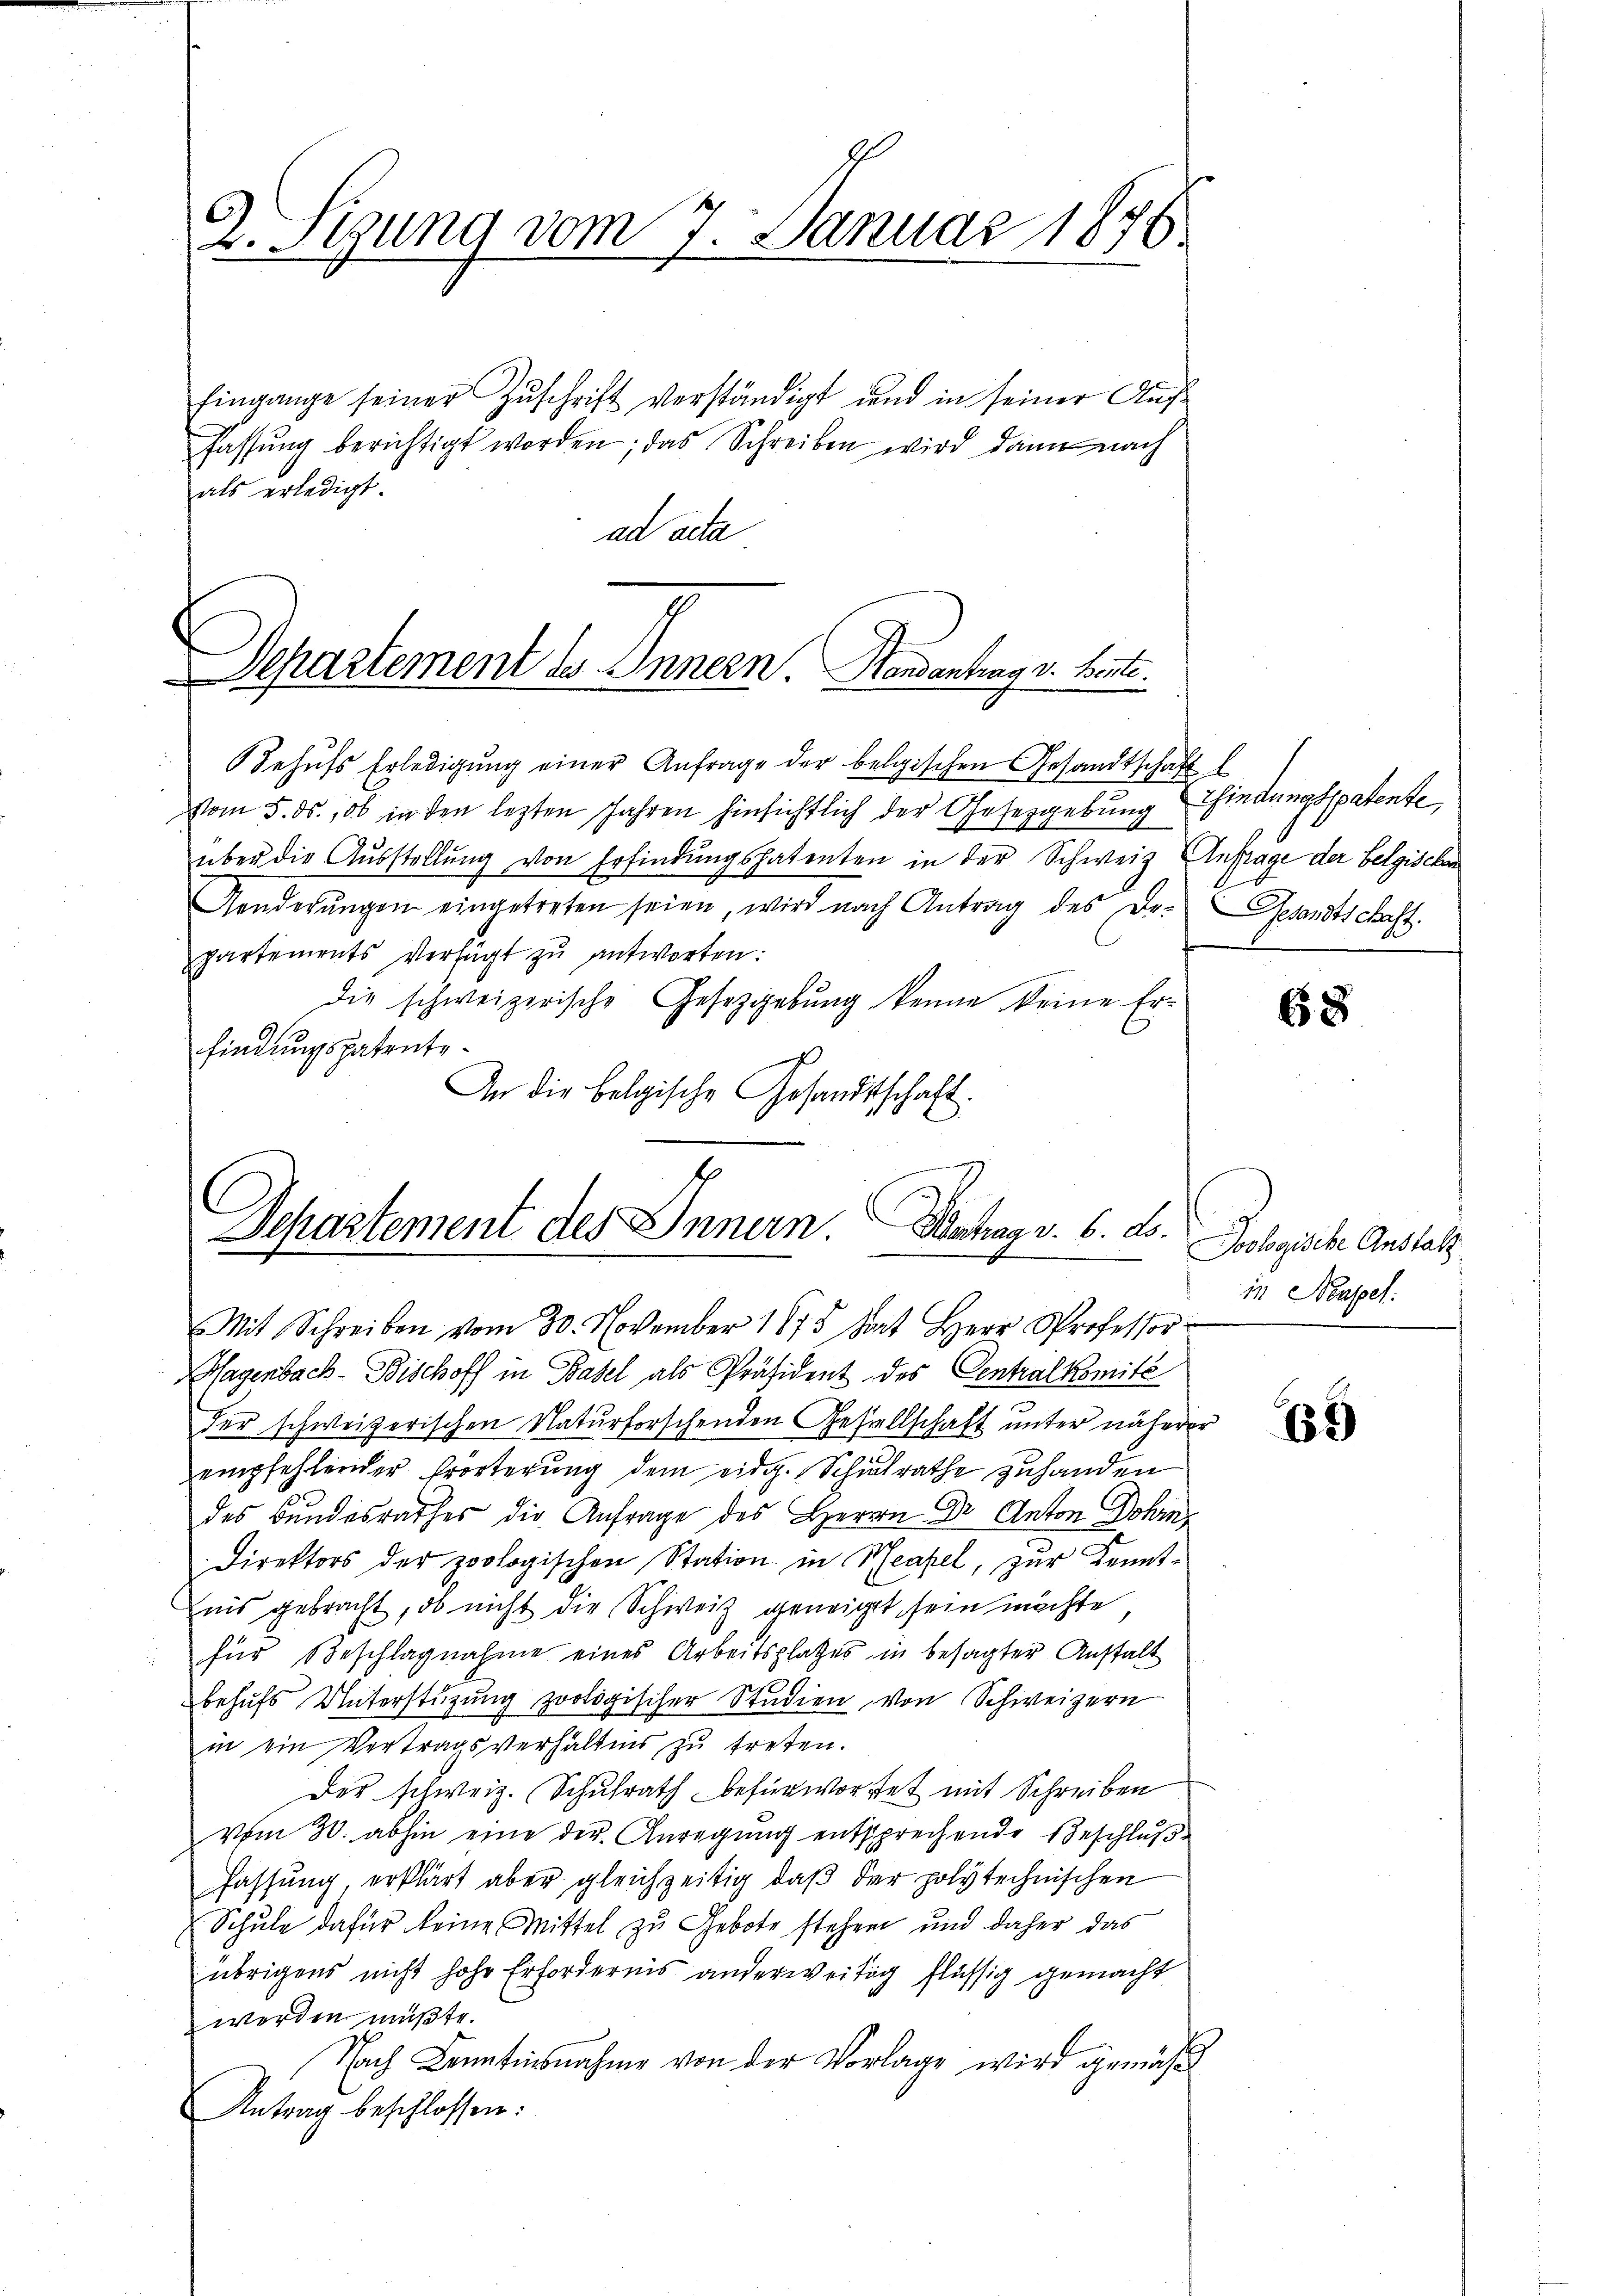
2. Sitzung vom 7. Januar 1876.

Eingange seiner Zuschrift verständigt und in seiner Auffassŭng berichtigt worden; das Schreiben wird dann nach
als erledigt.
ad acta
Departement des Innern Namentrag u. Bit

Behŭfs Erledigŭng einer Anfrage der belgischen Gesandtschaft l
vom 5. ds., ob in den lezten Jahren hinsichtlich der Gesetzgebung findungspatente,
über die Aŭsstellŭng von Erfindungspatenten in der Schweiz Anfrage der belgischen
Ganderŭngen eingetreten seien, wird nach Antrag des De-
partements Verfügt zŭ antworten:
die schweizerische Gesetzgebung kenne keine Erfindungspatente
p
An die belgische Gesandtschaft.
Magenbach- Bischoff in Basel als Präsident des Centralkomité
der schweizerischen Naturforschenden Gesellschaft unter näherer
empfehlender Erörterung dem eidg. Schulrathe zuhanden
des Bundesrathes die Anfrage des Herrn Dr. Anton Dohin
Direktors der zoologischen Station in Neapel, zur Kennt¬
Eis gebracht, ob nicht die Schweiz geneigt sein möchte
für Beschlagnahme eines Arbeitsplatzes in besagter Anstalt
behŭfs Unterstüzung zoologischer Studien von Schweizern
in ein Vertragsverhältnis zŭ treten.
Der schweiz. Schulrath befürwortet mit Schreiben
vom 30. abhin eine der Anregung entsprechende Beschlußfassung, erklärt aber gleichzeitig, daß der polytechnischen
Schule dafür keine Mittel zu Gebote stehen und daher das
übrigens nicht hohe Erfordernis anderweitig flüssig gemacht
worden müßte.
Nach Kenntnisnahme von der Vorlage wird gemäß
Antrag beschlossen:

Departement des Innern. Vertrag v. 6. ds.

Mit Schreiben vom 30. November 1875 hat Herr Professor

Gesandtschaft.

68

Perpache Aus
in Neapel:

65